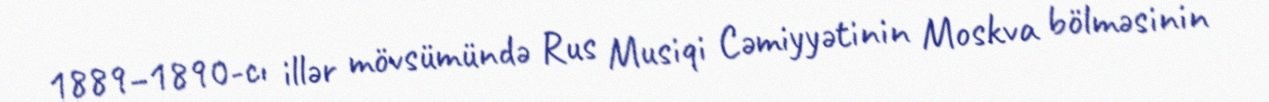
1889–1890-cı illər mövsümündə Rus Musiqi Cəmiyyətinin Moskva bölməsinin